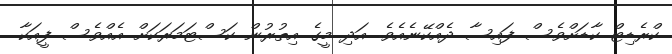
ކްރެޑިޓް ކާޑަށްވެސް ފައިސާ ދެއްކޭނެއެވެ. އަދި މީގެ އިތުރުން ކަސްޓަމަރަކަށް އެއްވެސް ފީއަކާ